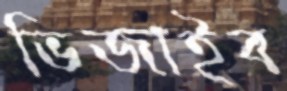
ভিজাইব